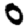
Digit: 0